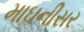
માઘનીસર